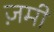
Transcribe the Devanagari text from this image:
ज़मी